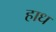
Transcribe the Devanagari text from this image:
हाध